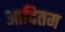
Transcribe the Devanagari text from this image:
आदितम